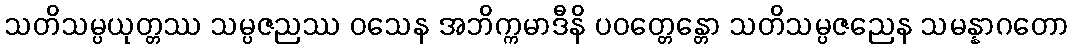
သတိသမ္ပယုတ္တဿ သမ္ပဇညဿ ဝသေန အဘိက္ကမာဒီနိ ပဝတ္တေန္တော သတိသမ္ပဇညေန သမန္နာဂတော